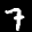
Label: 7